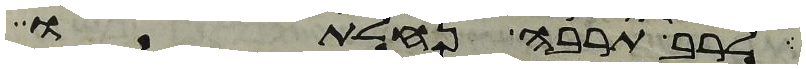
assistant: לרב תרבה נחלתו